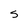
Character: 5